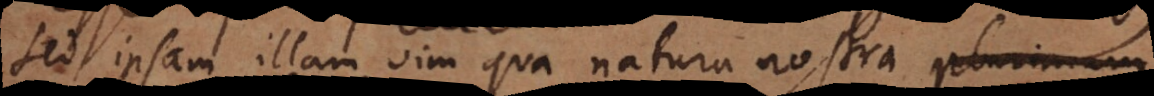
sed ipsam illam vim qua natura nostra plurimum